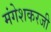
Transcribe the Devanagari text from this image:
मंगेशकरजी